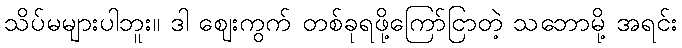
သိပ်မများပါဘူး။ ဒါ ဈေးကွက် တစ်ခုရဖို့ကြော်ငြာတဲ့ သဘောမို့ အရင်း